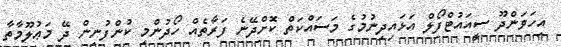
އިހަވަންދޫ ސީއައުޓްފޯލް އަޅައިދިނުމުގެ މަސައްކަތް ކޮށްދޭނެ ފަރާތެއް ހޯދުންމި ކުންފުނިން ދޭ މަޢުލޫމާތާ